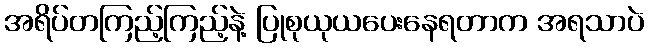
အရိပ်တကြည့်ကြည့်နဲ့ ပြုစုယုယပေးနေရတာက အရသာပဲ